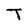
Character: T